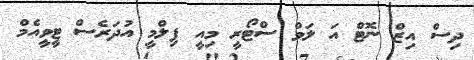
ދިސް އިޒް ނޮޓް އަ ލަވް ސްޓޯރީ މިއީ ފިލްމީ އުދަރެސް ޓީވީއެމް